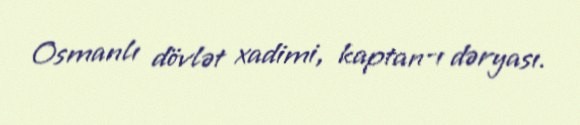
Osmanlı dövlət xadimi, kaptan-ı dəryası.